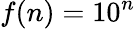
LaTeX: f(n)=10^{n}